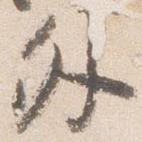
外